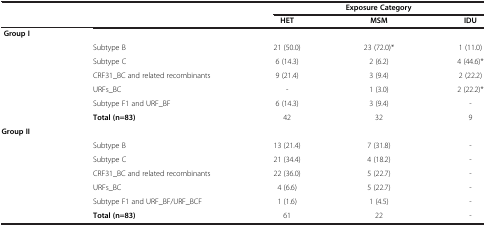
<table><thead><tr><td><b> </b></td><td><b> </b></td><td colspan="3"><b>Exposure Category</b></td></tr><tr><td><b> </b></td><td><b> </b></td><td><b>HET</b></td><td><b>MSM</b></td><td><b>IDU</b></td></tr></thead><tbody><tr><td><b>Group I</b></td><td> </td><td> </td><td> </td><td> </td></tr><tr><td> </td><td>Subtype B</td><td>21 (50.0)</td><td>23 (72.0)*</td><td>1 (11.0)</td></tr><tr><td> </td><td>Subtype C</td><td>6 (14.3)</td><td>2 (6.2)</td><td>4 (44.6)*</td></tr><tr><td> </td><td>CRF31_BC and related recombinants</td><td>9 (21.4)</td><td>3 (9.4)</td><td>2 (22.2)</td></tr><tr><td> </td><td>URFs_BC</td><td>-</td><td>1 (3.0)</td><td>2 (22.2)*</td></tr><tr><td> </td><td>Subtype F1 and URF_BF</td><td>6 (14.3)</td><td>3 (9.4)</td><td>-</td></tr><tr><td> </td><td><b>Total (n=83)</b></td><td>42</td><td>32</td><td>9</td></tr><tr><td><b>Group II</b></td><td> </td><td> </td><td> </td><td> </td></tr><tr><td> </td><td>Subtype B</td><td>13 (21.4)</td><td>7 (31.8)</td><td>-</td></tr><tr><td> </td><td>Subtype C</td><td>21 (34.4)</td><td>4 (18.2)</td><td>-</td></tr><tr><td> </td><td>CRF31_BC and related recombinants</td><td>22 (36.0)</td><td>5 (22.7)</td><td>-</td></tr><tr><td> </td><td>URFs_BC</td><td>4 (6.6)</td><td>5 (22.7)</td><td>-</td></tr><tr><td> </td><td>Subtype F1 and URF_BF/URF_BCF</td><td>1 (1.6)</td><td>1 (4.5)</td><td>-</td></tr><tr><td> </td><td><b>Total (n=83)</b></td><td>61</td><td>22</td><td>-</td></tr></tbody></table>